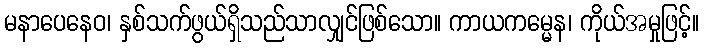
မနာပေနေဝ၊ နှစ်သက်ဖွယ်ရှိသည်သာလျှင်ဖြစ်သော။ ကာယကမ္မေန၊ ကိုယ်အမှုဖြင့်။